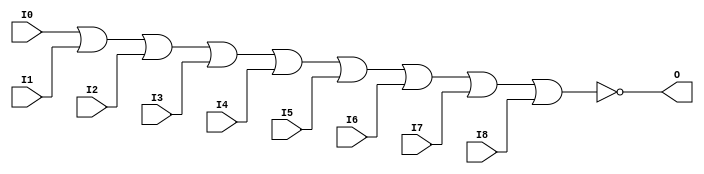

/*

FUNCTION	: 9-INPUT NOR GATE

*/

`timescale  100 ps / 10 ps

`celldefine

module NOR9 (O, I0, I1, I2, I3, I4, I5, I6, I7, I8);


    output O;

    input  I0, I1, I2, I3, I4, I5, I6, I7, I8;

    nor O1 (O, I0, I1, I2, I3, I4, I5, I6, I7, I8);

    specify
	(I0 *> O) = (0, 0);
	(I1 *> O) = (0, 0);
	(I2 *> O) = (0, 0);
	(I3 *> O) = (0, 0);
	(I4 *> O) = (0, 0);
	(I5 *> O) = (0, 0);
	(I6 *> O) = (0, 0);
	(I7 *> O) = (0, 0);
	(I8 *> O) = (0, 0);
    endspecify

endmodule

`endcelldefine